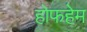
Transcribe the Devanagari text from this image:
होफहेम